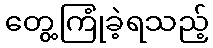
တွေ့ကြုံခဲ့ရသည့်